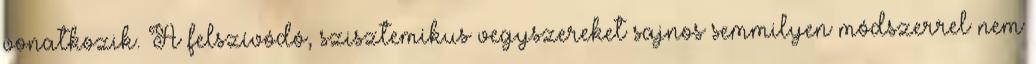
vonatkozik. A felszívódó, szisztemikus vegyszereket sajnos semmilyen módszerrel nem